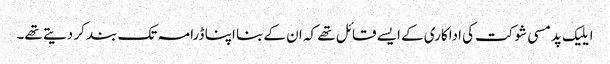
ایلیک پدمسی شوکت کی اداکاری کے ایسے قائل تھے کہ ان کے بنا اپنا ڈرامہ تک بند کر دیتے تھے۔